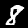
Digit: 8